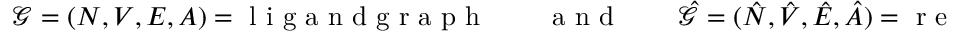
\mathcal { G } = ( N , V , E , A ) = \mathrm { ~ l ~ i ~ g ~ a ~ n ~ d ~ g ~ r ~ a ~ p ~ h ~ } \quad \quad \mathrm { ~ a ~ n ~ d ~ } \quad \quad \hat { \mathcal { G } } = ( \hat { N } , \hat { V } , \hat { E } , \hat { A } ) = \mathrm { ~ r ~ e ~ c ~ e ~ p ~ t ~ o ~ r ~ g ~ r ~ a ~ p ~ h ~ }